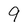
Character: 9